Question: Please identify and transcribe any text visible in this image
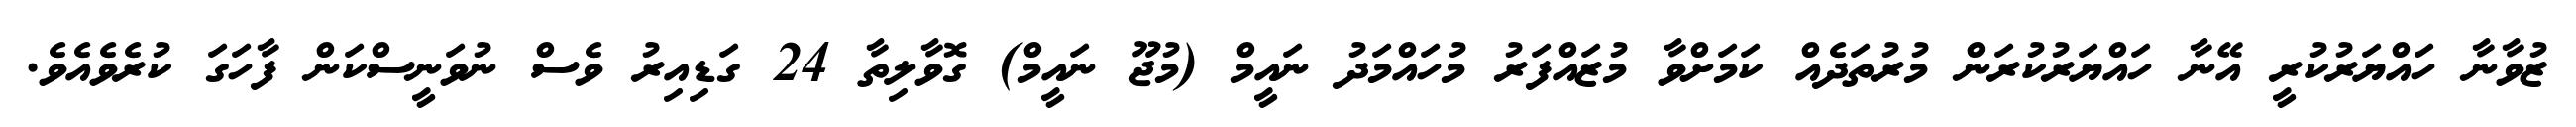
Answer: ޒުވާނާ ހައްޔަރުކުރީ އޭނާ ހައްޔަރުކުރަން މުރުތަދެއް ކަމަށްވާ މުޒައްފަރު މުހައްމަދު ނައީމް (މުޖޫ ނައީމް) ގޮވާލިތާ 24 ގަޑިއިރު ވެސް ނުވަނީސްކަން ފާހަގަ ކުރެވެއެވެ.